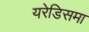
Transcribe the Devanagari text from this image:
यरेडिसमा